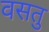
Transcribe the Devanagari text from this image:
वसतु